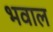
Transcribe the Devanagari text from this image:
भवाल